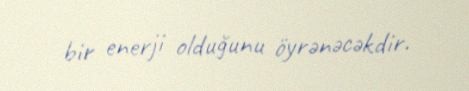
bir enerji olduğunu öyrənəcəkdir.